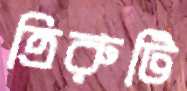
ত্রিরুটি